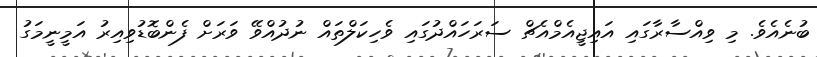
ބުނެއެވެ. މި ވިއްސާރާގައި އައިޖީއެމްއެޗް ސަރަހައްދުގައި ވެހިކަލްތައް ނުދުއްވޭ ވަރަށް ފެންބޮޑުވިއިރު އަމީނީމަގު